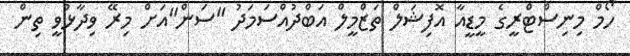
ހޯމް މިނިސްޓްރީގެ މީޑީއާ އޮފިޝަލް ތަޒްމީލް އަބްދުއްސަމަދު "ސަން"އަށް މިރޭ ވިދާޅުވީ ތިން